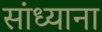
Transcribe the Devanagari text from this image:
सांध्याना